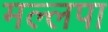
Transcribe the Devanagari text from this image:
मल्लपा